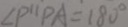
\angle P ^ { \prime \prime } P A = 1 8 0 ^ { \circ }